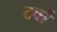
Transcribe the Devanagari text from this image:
टर्बा